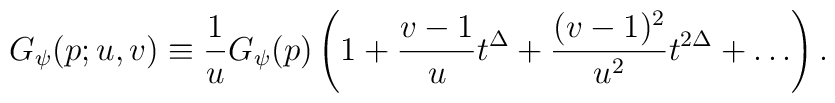
G_{\psi}(p;u,v) \equiv \frac{1}{u} G_{\psi}(p)\left (1+\frac{v-1}{u}t^{\Delta}+\frac{(v-1)^2}{u^{2}}t^{2\Delta} +\ldots\right).